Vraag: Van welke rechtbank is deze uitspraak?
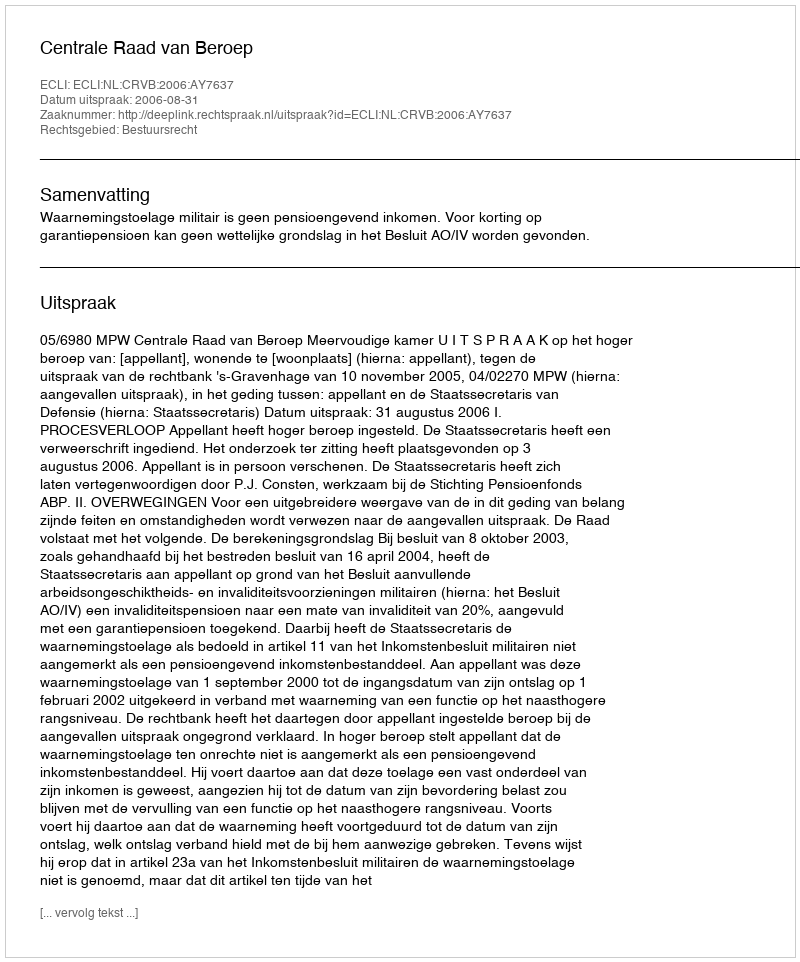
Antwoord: Centrale Raad van Beroep